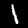
Digit: 1